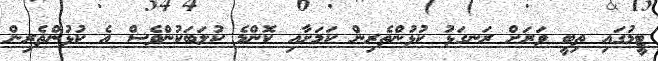
ޓީމުގައި ތިބީ ވަރަށް ރަަނގަޅު ކުޅުންތެރިން ކަމަށާއި ކޮންމެ ކުލަބަކުންވެސް އެ ކުޅުންތެރިން